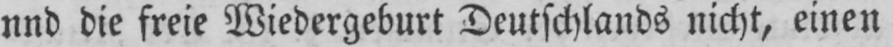
nnd die freie Wiedergeburt Deutschlands nicht, einen